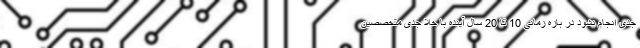
جدی انجام نشود در بازه زمانی 10 تا 20 سال آینده با خلا جدی متخصصین